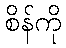
စိန်ကို